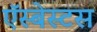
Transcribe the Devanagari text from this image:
ऍस्बेस्टस